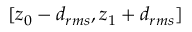
[ z _ { 0 } - d _ { r m s } , z _ { 1 } + d _ { r m s } ]